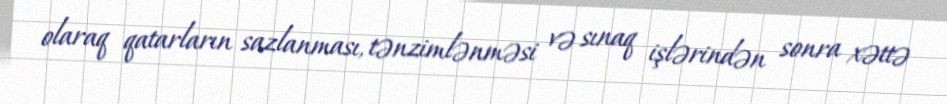
olaraq qatarların sazlanması, tənzimlənməsi və sınaq işlərindən sonra xəttə